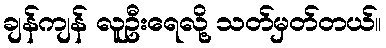
ချန်ကျန် လူဦးရေလို့ သတ်မှတ်တယ်။